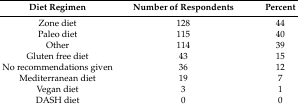
<table><thead><tr><td><b>Diet Regimen</b></td><td><b>Number of Respondents</b></td><td><b>Percent</b></td></tr></thead><tbody><tr><td>Zone diet</td><td>128</td><td>44</td></tr><tr><td>Paleo diet</td><td>115</td><td>40</td></tr><tr><td>Other</td><td>114</td><td>39</td></tr><tr><td>Gluten free diet</td><td>43</td><td>15</td></tr><tr><td>No recommendations given</td><td>36</td><td>12</td></tr><tr><td>Mediterranean diet</td><td>19</td><td>7</td></tr><tr><td>Vegan diet</td><td>3</td><td>1</td></tr><tr><td>DASH diet</td><td>0</td><td>0</td></tr></tbody></table>